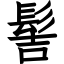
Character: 髻